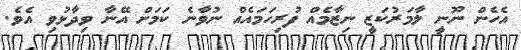
އެހެން ނޫނީ ލާމަރުކަޒީ ނިޒާމެއް ފުރިހަމައެއް ނުވާނެ ކަމަށް އޭނާ ވިދާޅުވި އެވެ.